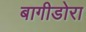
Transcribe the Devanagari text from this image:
बागीडोरा